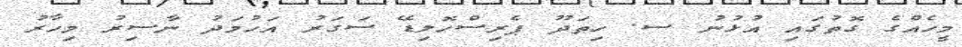
މީހެއްގެ ގޮތުގައި އުޅުނު ސ. ހިތަދޫ ޕެރިސްހޮލިޑޭ ސަގަރު އަހުމަދު ނާސިރު މިހާރު